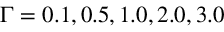
\Gamma = 0 . 1 , 0 . 5 , 1 . 0 , 2 . 0 , 3 . 0